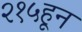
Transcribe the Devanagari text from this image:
२१५हून